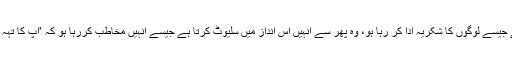
وہ شخص اس ہجوم کو سلیوٹ کرتا ہے، وہ اپنا ہاتھ کچھ اس طرح سینے پر رکھتا ہے جیسے لوگوں کا شکریہ ادا کر رہا ہو، وہ پھر سے انہیں اس انداز میں سلیوٹ کرتا ہے جیسے انہیں مخاطب کررہا ہو کہ ’آپ کا تہہ دل سے شکریہ‘، جواباً ہجوم ہاتھ اوپر اٹھا کر زبردست نعرے بازی کرنے لگتے ہیں۔